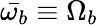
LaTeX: \bar{\omega_{b}}\equiv\Omega_{b}